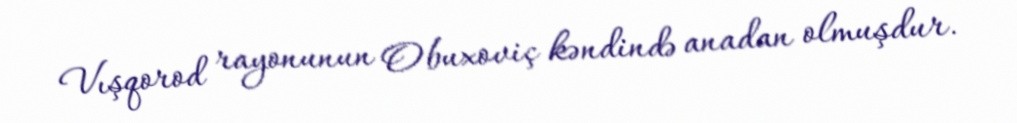
Vışqorod rayonunun Obuxoviç kəndində anadan olmuşdur.